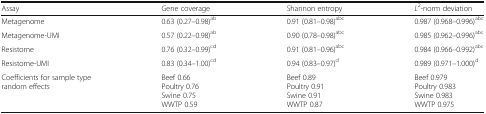
| Assay | Gene coverage | Shannon entropy | L2-norm deviation |
 | --- | --- | --- | --- |
 | Metagenome | 0.63 (0.27–0.98)ab | 0.91 (0.81–0.98)abc | 0.987 (0.968–0.996)abc |
 | Metagenome-UMI | 0.57 (0.22–0.98)ab | 0.90 (0.78–0.98)abc | 0.985 (0.962–0.996)abc |
 | Resistome | 0.76 (0.32–0.99)cd | 0.91 (0.81–0.96)abc | 0.984 (0.966–0.992)abc |
 | Resistome-UMI | 0.83 (0.34–1.00)cd | 0.94 (0.83–0.97)d | 0.989 (0.971–1.000)d |
 | Coefficients for sample type random effects | Beef 0.66Poultry 0.76Swine 0.75WWTP 0.59 | Beef 0.89Poultry 0.91Swine 0.91WWTP 0.87 | Beef 0.979Poultry 0.983Swine 0.983WWTP 0.975 |